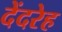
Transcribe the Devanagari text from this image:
देंदरेह